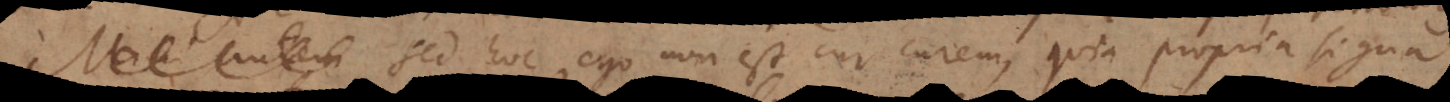
Sed hoc ego non est cur curem, quia propria signa